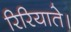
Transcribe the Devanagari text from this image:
रिरियाते।